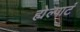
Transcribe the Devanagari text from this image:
ह्येल्पाटं